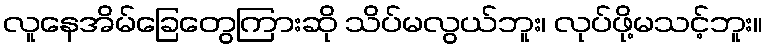
လူနေအိမ်ခြေတွေကြားဆို သိပ်မလွယ်ဘူး၊ လုပ်ဖို့မသင့်ဘူး။